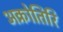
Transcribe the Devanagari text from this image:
अक्रोतिरि